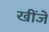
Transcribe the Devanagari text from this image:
खींजे